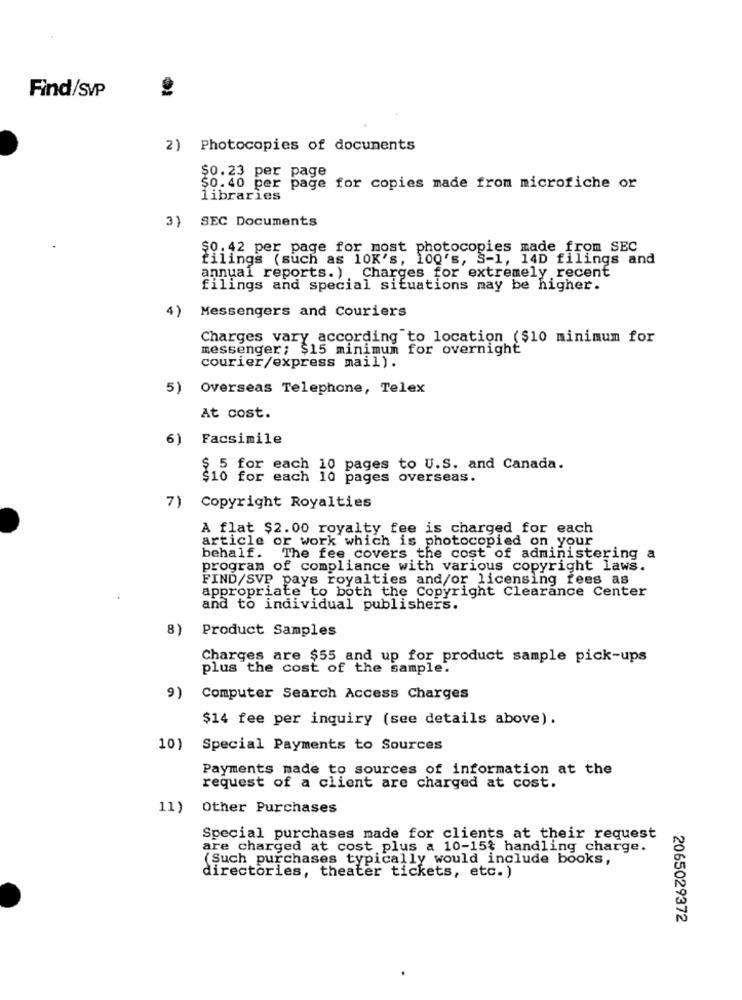
Find/SVP
2) Photocopies of documents
$0.23 per page
$0.40 per page for copies made from microfiche or
libraries
3) SEC Documents
$0.42 per page for most photocopies made from SEC
filings (such as 10K's, 100's, S-1, 14D filings and
annual reports. ) Charges for extremely recent
filings and special situations may be higher.
4)
Messengers and Couriers
Charges vary according to location ($10 minimum for
messenger; $15 minimum for overnight
courier/express mail).
5) Overseas Telephone, Telex
At cost.
6)
Facsimile
.5 for each 10 pages to U.S. and Canada.
$10 for each 10 pages overseas.
7) Copyright Royalties
A flat $2.00 royalty fee is charged for each
article or work which is photocopied on your
behalf. The fee covers the cost of administering a
program of compliance with various copyright laws.
FIND/SVP pays royalties and/or licensing fees as
appropriate to both the Copyright Clearance Center
and to individual publishers.
8)
Product Samples
Charges are $55 and up for product sample pick-ups
plus the cost of the sample.
9)
Computer Search Access Charges
$14 fee per inquiry (see details above).
10)
Special Payments to Sources
Payments made to sources of information at the
request of a client are charged at cost.
11)
Other Purchases
Special purchases made for clients at their request
are charged at cost plus a 10-15$ handling charge.
(Such purchases typically would include books,
directories, theater tickets, etc.)
2065029372